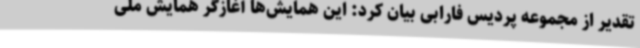
تقدیر از مجموعه پردیس فارابی بیان کرد: این همایش‌ها آغازگر همایش ملی